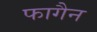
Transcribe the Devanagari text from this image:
फागैन